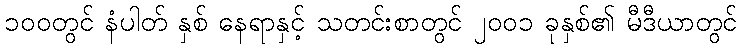
၁၀၀တွင် နံပါတ် နှစ် နေရာနှင့် သတင်းစာတွင် ၂၀၀၁ ခုနှစ်၏ မီဒီယာတွင်